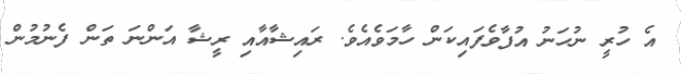
އެ ހުރީ ނުހަނު އުފާވެފައިކަން ހާމަވެއެވެ. ރައިޝާއާއި ރީޝާ އަންނަ ތަން ފެނުމުން